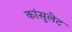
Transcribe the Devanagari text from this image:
कांसुलेट